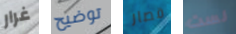
غرار توضيح قصار لست